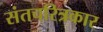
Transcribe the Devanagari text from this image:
संतचरित्रकार